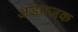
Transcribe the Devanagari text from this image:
अंडप्रजक